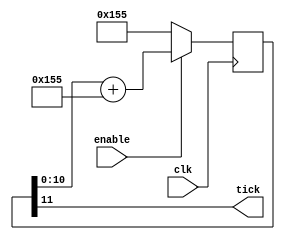
// This program was cloned from: https://github.com/multigcs/riocore
// License: GNU General Public License v2.0

/* verilator lint_off WIDTHTRUNC */
/* verilator lint_off WIDTHEXPAND */

module uart_baud(
	input clk, enable,
	output tick  // generate a tick at the specified baud rate * oversampling
);
    parameter ClkFrequency = 12000000;
    parameter Baud = 2000000;
    parameter Oversampling = 1;

    function integer log2(input integer v); begin log2=0; while(v>>log2) log2=log2+1; end endfunction
    localparam AccWidth = log2(ClkFrequency/Baud)+8;  // +/- 2% max timing error over a byte
    reg [AccWidth:0] Acc = 0;
    localparam ShiftLimiter = log2(Baud*Oversampling >> (31-AccWidth));  // this makes sure Inc calculation doesn't overflow
    localparam Inc = ((Baud*Oversampling << (AccWidth-ShiftLimiter))+(ClkFrequency>>(ShiftLimiter+1)))/(ClkFrequency>>ShiftLimiter);
    always @(posedge clk) if(enable) Acc <= Acc[AccWidth-1:0] + Inc[AccWidth:0]; else Acc <= Inc[AccWidth:0];
    assign tick = Acc[AccWidth];
endmodule